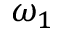
\omega _ { 1 }